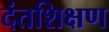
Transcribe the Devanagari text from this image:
दंतशिक्षण